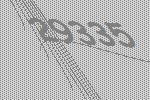
29335